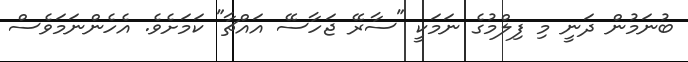
ބުނަމުން ދަނީ މި ފިލްމުގެ ނަމަކީ "ސާރޭ ޖަހާސޭ އައްޗާ" ކަމަށެވެ. އެހެންނަމަވެސް